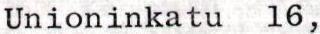
Unioninkatu 16,